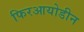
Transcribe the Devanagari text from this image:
फिरआयोडीन